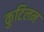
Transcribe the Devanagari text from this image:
कुटिलन